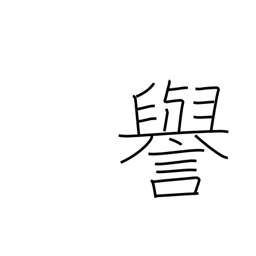
Meaning: fame